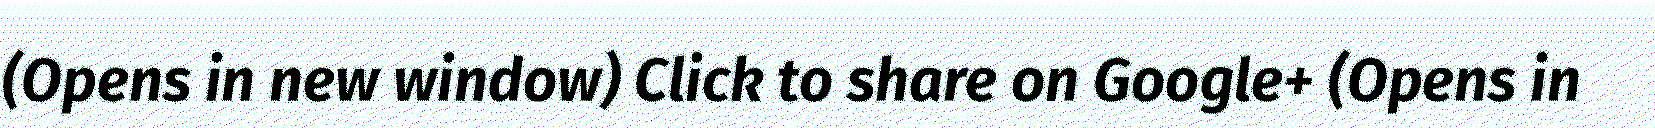
(Opens in new window) Click to share on Google+ (Opens in